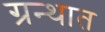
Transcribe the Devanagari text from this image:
ग्रन्थात